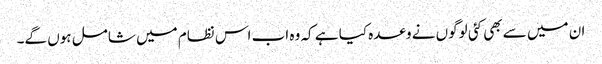
ان میں سے بھی کئی لوگوں نے وعدہ کیا ہے کہ وہ اب اس نظام میں شامل ہوں گے۔